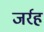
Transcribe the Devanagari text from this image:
जर्रह